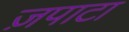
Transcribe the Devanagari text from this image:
ज़पाटा